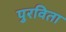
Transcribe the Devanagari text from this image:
पुरविता